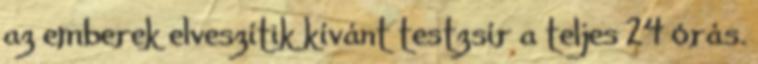
az emberek elveszítik kívánt testzsír a teljes 24 órás.